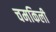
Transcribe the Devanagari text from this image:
चमकिली